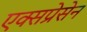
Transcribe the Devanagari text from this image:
एक्सप्रेसेन